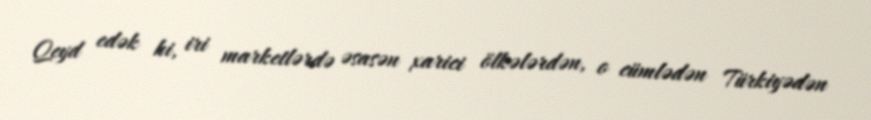
Qeyd edək ki, iri marketlərdə əsasən xarici ölkələrdən, o cümlədən Türkiyədən